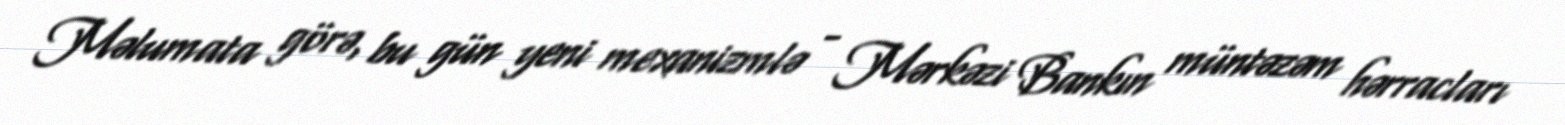
Məlumata görə, bu gün yeni mexanizmlə - Mərkəzi Bankın müntəzəm hərracları